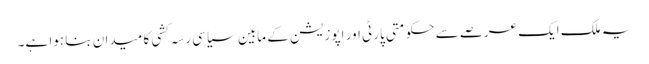
یہ ملک ایک عرصے سے حکومتی پارٹی اور اپوزیشن کے مابین سیاسی رسہ کشی کا میدان بنا ہوا ہے۔